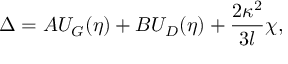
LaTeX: \Delta = A U _ { G } ( \eta ) + B U _ { D } ( \eta ) + \frac { 2 \kappa ^ { 2 } } { 3 l } \chi ,